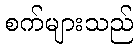
စက်များသည်